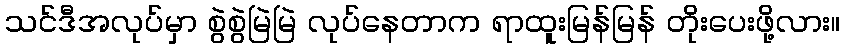
သင်ဒီအလုပ်မှာ စွဲစွဲမြဲမြဲ လုပ်နေတာက ရာထူးမြန်မြန် တိုးပေးဖို့လား။